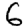
Digit: 6